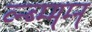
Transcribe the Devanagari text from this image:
व्न्ब्म्म्म्न्